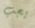
يجب